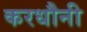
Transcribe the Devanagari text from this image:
करधौनी